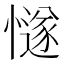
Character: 𢢝